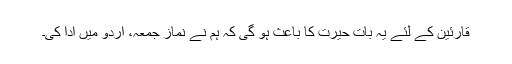
قارئین کے لئے یہ بات حیرت کا باعث ہو گی کہ ہم نے نماز جمعہ، اردو میں ادا کی۔